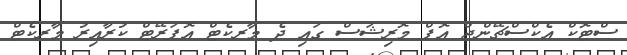
ސްޓޮކް އެކްސްޗޭންޖް އޮފް މޮރިޝަސް ގައި ދެ މާރކެޓް އޮޕަރޭޓް ކުރާއިރު މާރކެޓް